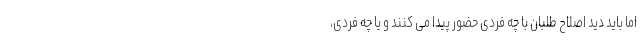
اما باید دید اصلاح طلبان با چه فردی حضور پیدا می کنند و یا چه فردی،